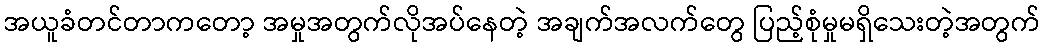
အယူခံတင်တာကတော့ အမှုအတွက်လိုအပ်နေတဲ့ အချက်အလက်တွေ ပြည့်စုံမှုမရှိသေးတဲ့အတွက်